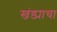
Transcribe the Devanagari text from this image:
खंड्याचा